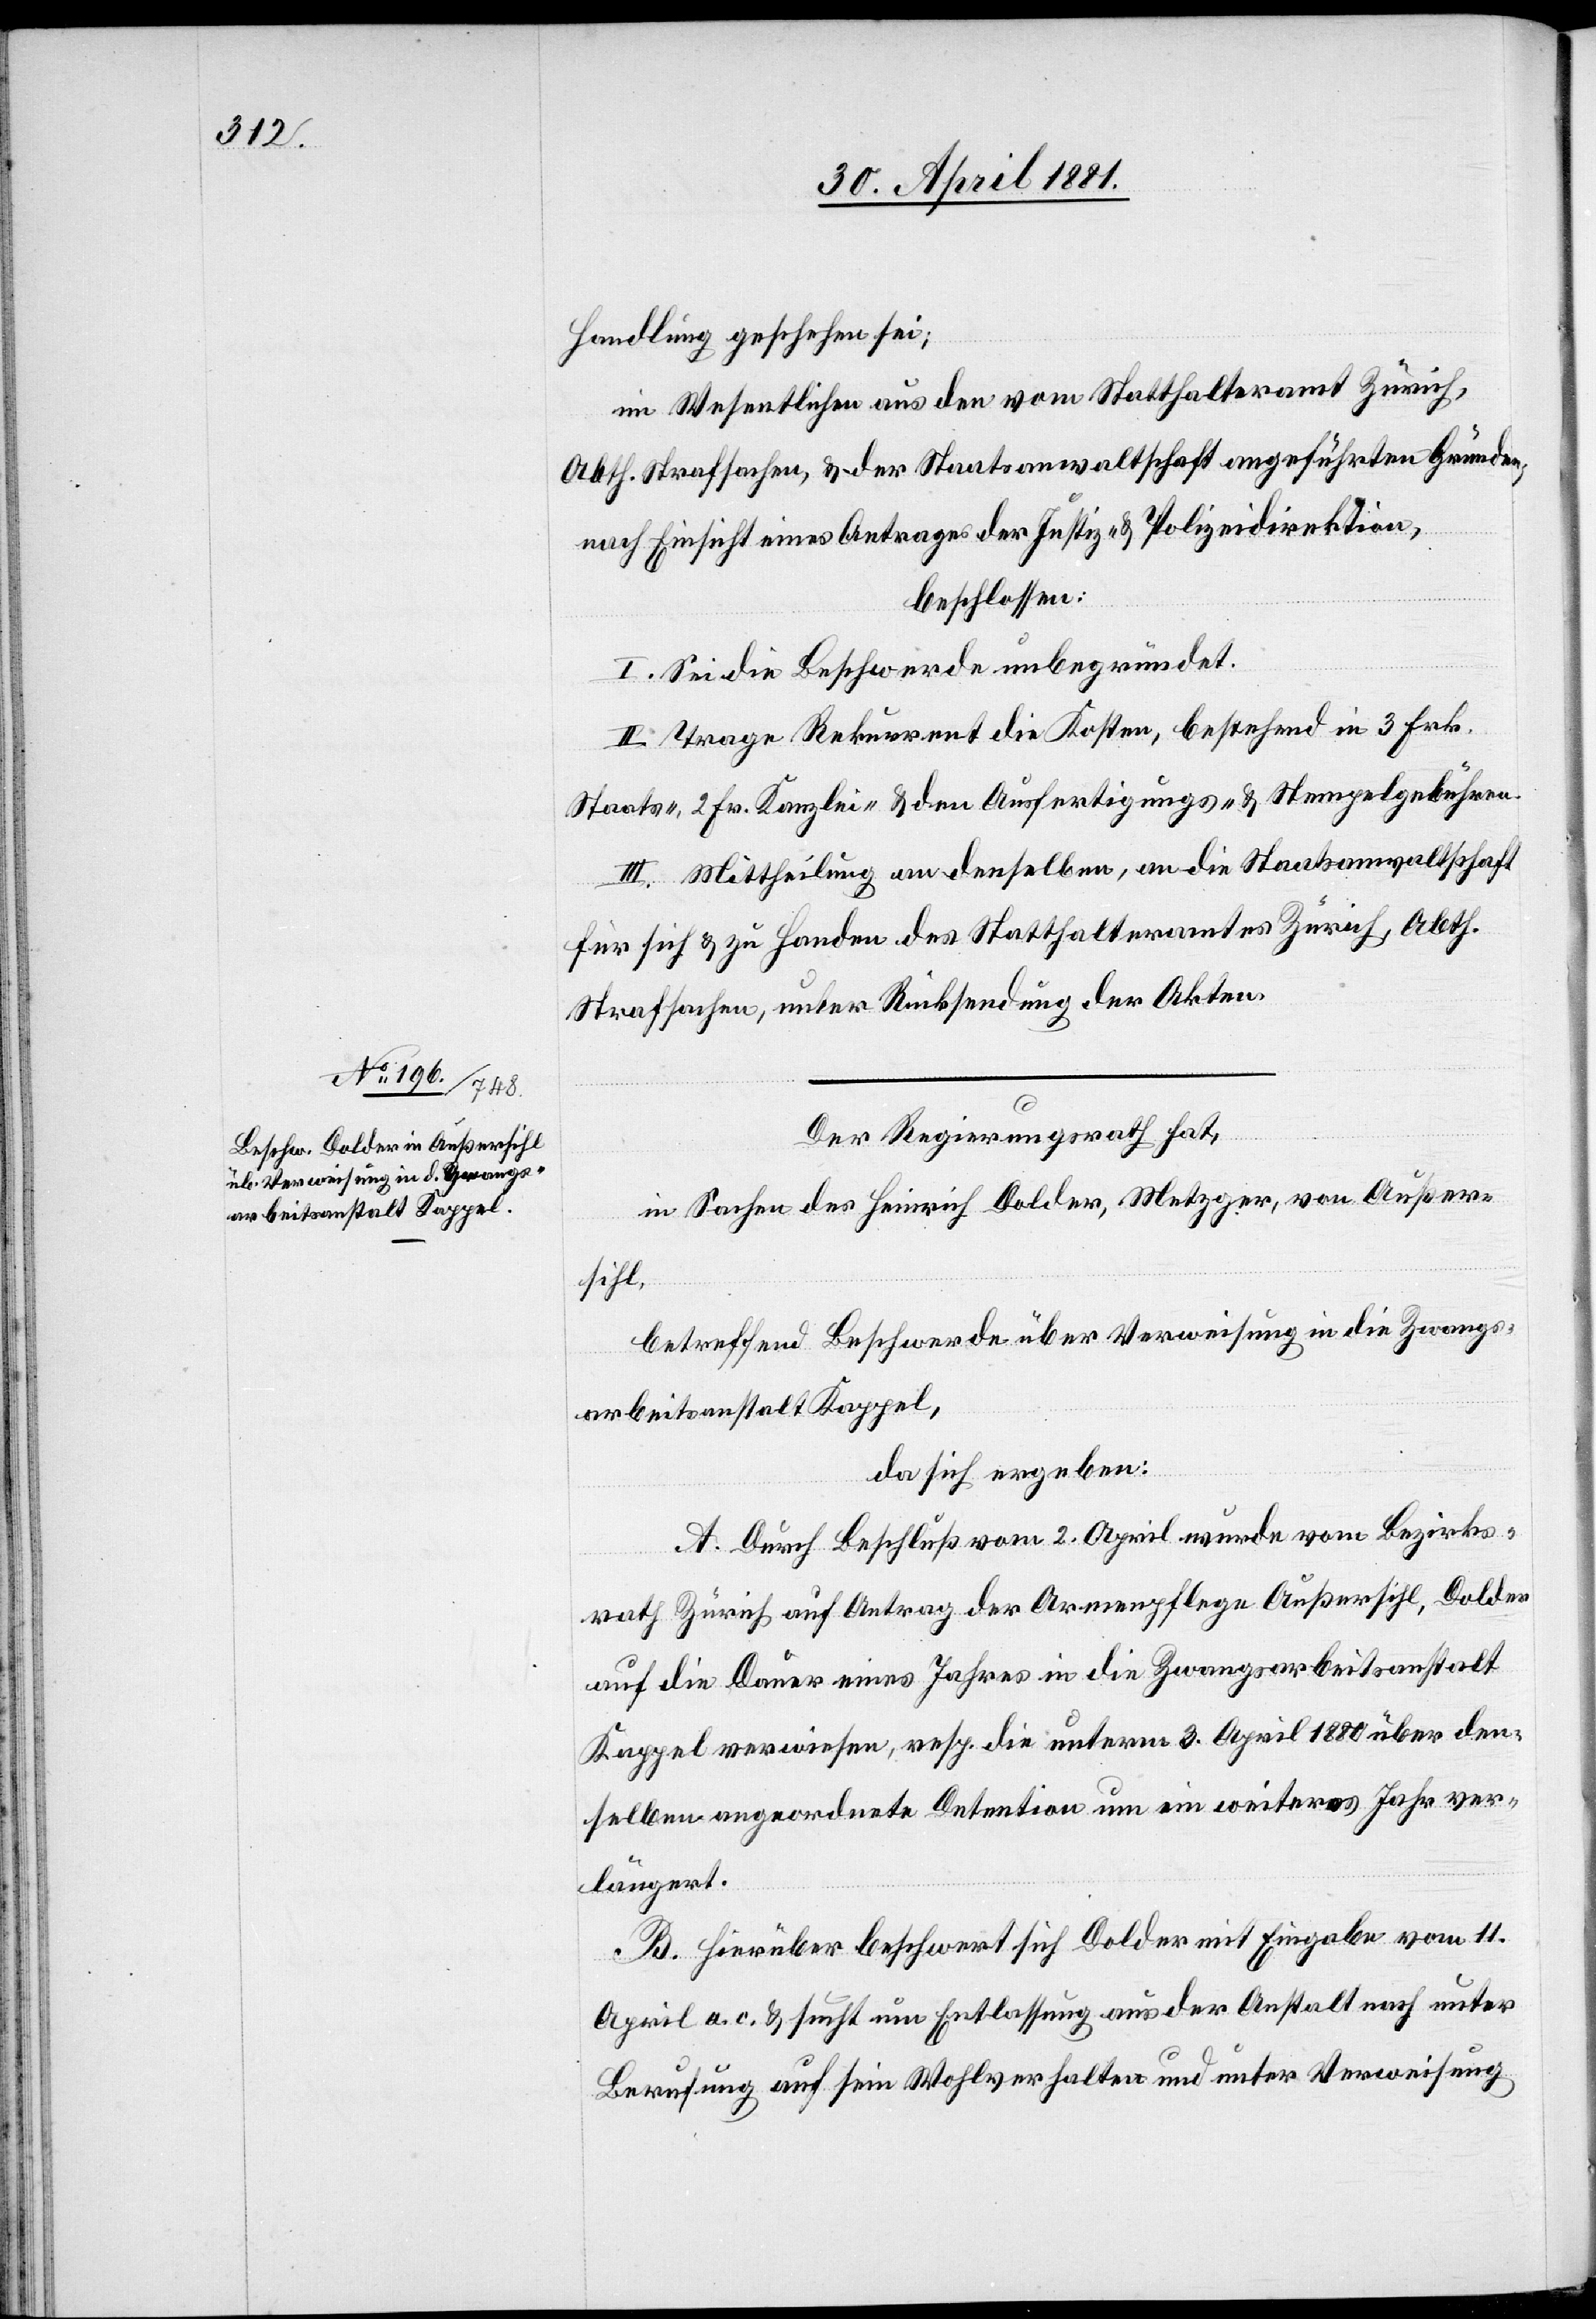
Handlung geschehen sei;
im Wesentlichen aus den vom Statthalteramt Zürich
Abth. Strafsachen, & der Staatsanwaltschaft angeführten Gründen,
nach Einsicht eines Antrages der Justiz- & Polizeidirektion,
beschlossen:
I. Sei die Beschwerde unbegründet.
II. Trage Rekurrent die Kosten, bestehend in 3 Fr.
Staats-, 2 Fr. Kanzlei- & den Ausfertigungs- & Stempelgebühren.
III. Mittheilung an denselben, an die Staatsanwaltschaft
für sich & zu Handen des Statthalteramtes Zürich, Abth.
Strafsachen, unter Rücksendung der Akten.
Der Regierungsrath,
in Sachen des Heinrich Dolder, Metzger, von Außer¬
sihl,
betreffend Beschwerde über Verweisung in die Zwangs¬
arbeitsanstalt Kappel,
da sich ergeben:
A. Durch Beschluß vom 2. April wurde vom Bezirks¬
rath Zürich auf Antrag der Armenpflege Außersihl, Dolder
auf die Dauer eines Jahres in die Zwangsarbeitsanstalt
Kappel verwiesen, resp. die unterm 3. April 1880 über den¬
selben angeordnete Detention um ein weiteres Jahr ver¬
längert.
B. Hierüber beschwert sich Dolder mit Eingabe vom 11.
April a. c. & sucht um Entlassung aus der Anstalt nach unter
Berufung auf sein Wohlverhalten und unter Verweisung